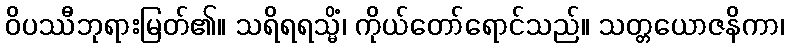
ဝိပဿီဘုရားမြတ်၏။ သရိရရသ္မိံ၊ ကိုယ်တော်ရောင်သည်။ သတ္တယောဇနိကာ၊